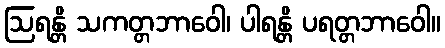
ဩရန္တိ သကတ္တဘာဝေါ၊ ပါရန္တိ ပရတ္တဘာဝေါ။